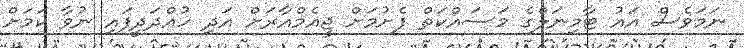
ނަމަވެސް އައު ޓާމިނަލްގެ މަސައްކަތް ފެށުމަށް ޖީއެމްއާރަށް އަދި ހުއްދަދީފައި ނުވާ ކަމަށް